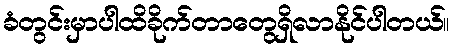
ခံတွင်းမှာပါထိခိုက်တာတွေရှိလာနိုင်ပါတယ်။